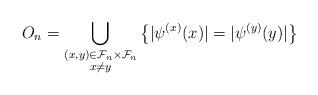
LaTeX: \begin{align*}O_n = \bigcup_{\begin{subarray}{c} (x,y) \in \mathcal F_n \times \mathcal F_n \\ x \neq y \end{subarray}} \left\{ |\psi^{(x)}(x)| = |\psi^{(y)}(y)| \right\}\end{align*}